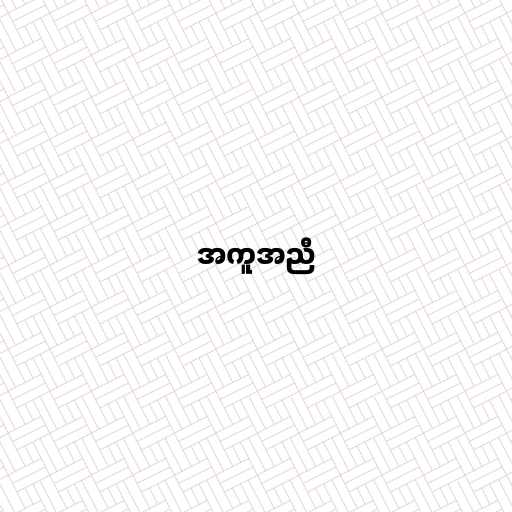
အကူအညီ